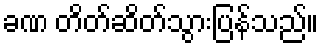
ခဏ တိတ်ဆိတ်သွားပြန်သည်။